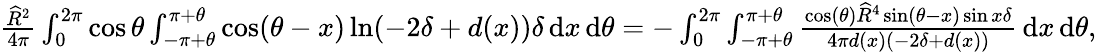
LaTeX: \begin{array}{r}{\frac{\widehat{R}^{2}}{4\pi}\int_{0}^{2\pi}\cos\theta\int_{-\pi+\theta}^{\pi+\theta}\cos(\theta-x)\ln(-2\delta+d(x))\delta\, {\mathrm{d}}x\, {\mathrm{d}}\theta=-\int_{0}^{2\pi}\int_{-\pi+\theta}^{\pi+\theta}\frac{\cos(\theta)\widehat{R}^{4}\sin(\theta-x)\sin x\delta}{4\pi d(x)\left(-2\delta+d(x)\right)}\, {\mathrm{d}}x\, {\mathrm{d}}\theta,}\end{array}